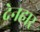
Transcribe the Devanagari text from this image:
देनहार